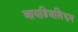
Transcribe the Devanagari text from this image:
आयडिअलिझम